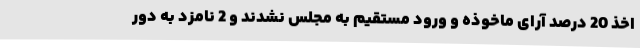
اخذ 20 درصد آرای ماخوذه و ورود مستقیم به مجلس نشدند و 2 نامزد به دور